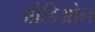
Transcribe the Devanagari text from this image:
ओडिओन